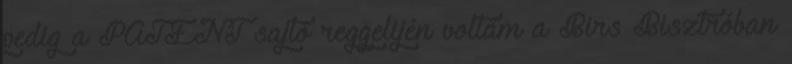
pedig a PATENT sajtó reggelijén voltam a Birs Bisztróban